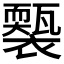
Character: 𧞕